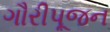
ગૌરીપૂજન